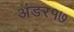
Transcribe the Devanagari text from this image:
अंडर१७